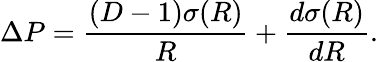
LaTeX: \Delta P=\frac{(D-1)\sigma(R)}{R}+\frac{d\sigma(R)}{dR}.